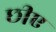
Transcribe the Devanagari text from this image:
छीए